Plague in India, 1896, 1897 - Volume 2
Year: 1896
Disease focus: Plague
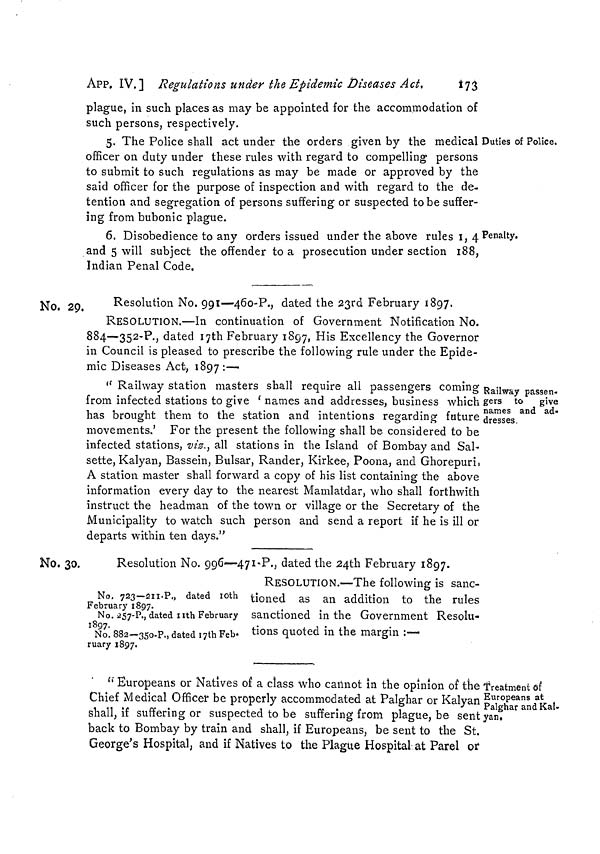
APP. IV.] Regulations under the Epidemic Diseases Act,
173
plague, in such places as may be appointed for the accommodation of
such persons, respectively.
Duties of Police,
5. The Police shall act under the orders given by the medical
officer on duty under these rules with regard to compelling persons
to submit to such regulations as may be made or approved by the
said officer for the purpose of inspection and with regard to the de-
tention and segregation of persons suffering or suspected to be suffer-
ing from bubonic plague.
Penalty.
6. Disobedience to any orders issued under the above rules 1, 4
and 5 will subject the offender to a prosecution under section 188,
Indian Penal Code.
No. 29,
Resolution No. 991—460-P., dated the 23rd February 1897.
RESOLUTION.—In continuation of Government Notification No.
884—352-P., dated 17th February 1897, His Excellency the Governor
in Council is pleased to prescribe the following rule under the Epide-
mic Diseases Act, 1897:—
Railway passen-
gers to
give
names and ad-
dresses.
" Railway station masters shall require all passengers coming
from infected stations to give ' names and addresses, business which
has brought them to the station and intentions regarding future
movements.' For the present the following shall be considered to be
infected stations, viz., all stations in the Island of Bombay and Sal-
sette, Kalyan, Bassein, Bulsar, Rander, Kirkee, Poona, and Ghorepuri.
A station master shall forward a copy of his list containing the above
information every clay to the nearest Mamlatdar, who shall forthwith
instruct the headman of the town or village or the Secretary of the
Municipality to watch such person and send a report if he is ill or
departs within ten days."
No. 30.
No. 723—211-P., dated loth
February 1897.
No. 2S7-P., dated nth February
1897.
No. 882—350-P., dated i;th Feb-
ruary 1897.
Resolution No. 996-—471-P., dated the 24th February 1897.
RESOLUTION.—The following is sanc-
tioned as an addition to the rules
sanctioned in the Government Resolu-
tions quoted in the margin :—•
Treatment of
Europeans at
Palghar and Kal-
yan.
" Europeans or Natives of a class who cannot in the opinion of the
Chief Medical Officer be properly accommodated at Palghar or Kalyan
shall, if suffering or suspected to be suffering from plague, be sent
back to Bombay by train and shall, if Europeans, be sent to the St.
George's Hospital, and if Natives to the Plague Hospital at Parel or